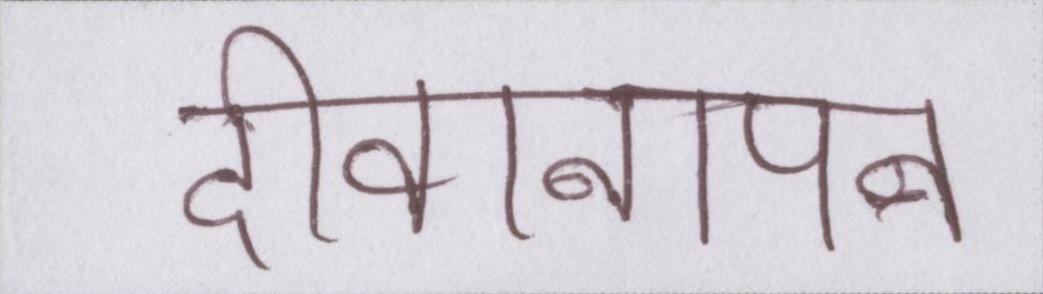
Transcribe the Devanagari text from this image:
दीवानापन